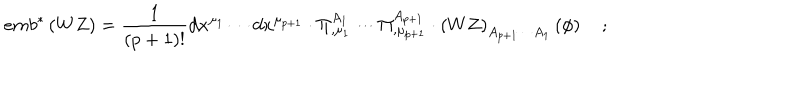
e m b ^ { * } \left( W Z \right) = \frac 1 { \left( p + 1 \right) ! } d x ^ { \mu _ { 1 } } \cdots d x ^ { \mu _ { p + 1 } } \cdot \Pi _ { , \mu _ { 1 } } ^ { A _ { 1 } } \cdots \Pi _ { , \mu _ { p + 1 } } ^ { A _ { p + 1 } } \cdot \left( W Z \right) _ { A _ { p + 1 } \cdots A _ { 1 } } \left( \phi \right) \quad ;